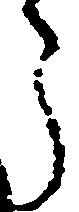
う